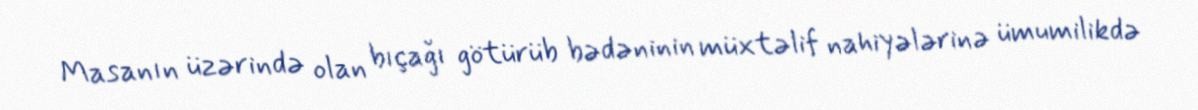
Masanın üzərində olan bıçağı götürüb bədəninin müxtəlif nahiyələrinə ümumilikdə